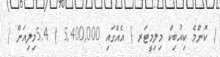
( ކޮންމެ ކިއުބިކް މިލިމީޓަރ ) އެއްގައި 5